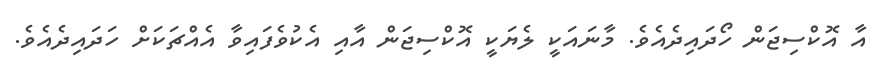
އާ އޮކްސިޖަން ހޯދައިދެއެވެ. މާނައަކީ ލެޔަކީ އޮކްސިޖަން އާއި އެކުވެފައިވާ އެއްޗަކަށް ހަދައިދެއެވެ.